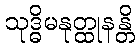
သုဒ္ဓိမနုတ္ထုနန္တိ